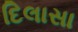
દિલાસા